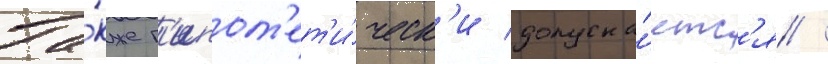
Та́кже г'ипот'ет'и́ческ'и допуска́етс'я /